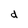
Character: d